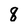
Character: q